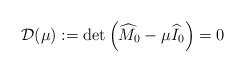
\begin{align*}\mathcal{D}(\mu):=\det\left(\widehat{M}_0-\mu \widehat{I}_0\right)=0\end{align*}